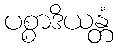
ပစ္စာဒိယန္တံ